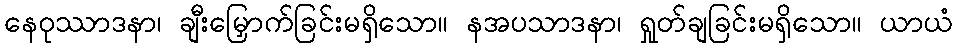
နေဝုဿာဒနာ၊ ချီးမြှောက်ခြင်းမရှိသော။ နအပသာဒနာ၊ ရှုတ်ချခြင်းမရှိသော။ ယာယံ